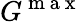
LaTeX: G^{\mathrm{~m~a~x~}}